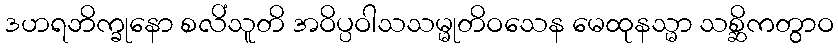
ဒဟရဘိက္ခုနော စလိံသူတိ အဝိပ္ပဝါသသမ္မုတိဝသေန မေထုနသ္မာ သစ္ဆိကတွာဝ